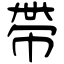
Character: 帶